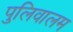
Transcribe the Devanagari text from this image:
पुलिवालम